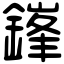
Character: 鎽